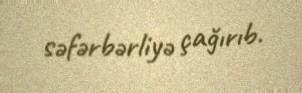
səfərbərliyə çağırıb.